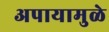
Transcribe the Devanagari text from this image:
अपायामुळे